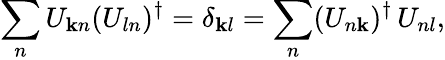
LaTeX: \sum_{n}U_{\mathbf{k}n}(U_{ln})^{\dagger}=\delta_{\mathbf{k}l}=\sum_{n}(U_{n\mathbf{k}})^{\dagger}\, U_{nl},